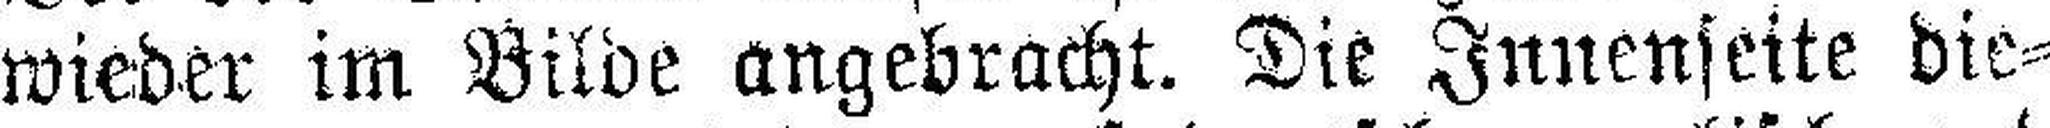
wieder im Bilde angebracht. Die Innenseite die¬